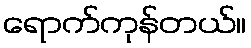
ရောက်ကုန်တယ်။